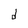
Character: d